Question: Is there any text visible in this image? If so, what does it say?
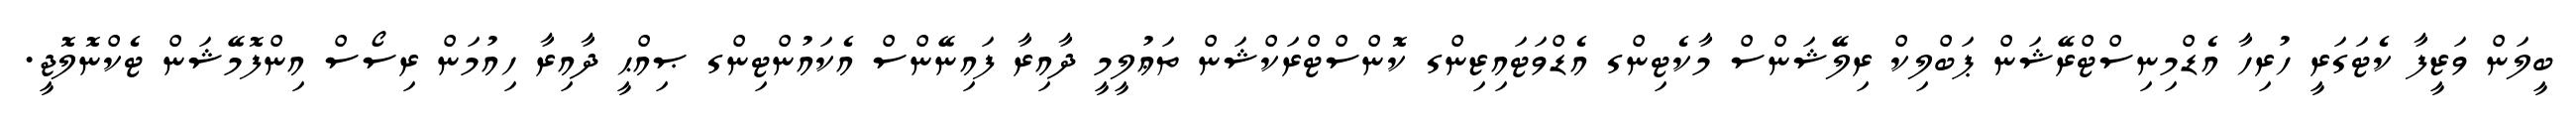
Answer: ބީލަން ވަޒީފާ ކެޓަގަރީ ހުރިހާ އެޑްމިނިސްޓްރޭޝަން ޕަބްލިކް ރިލޭޝަންސް މާކެޓިންގ އެޑްވަޓައިޒިންގ ކޮންސްޓްރަކްޝަން ތަޢުލީމީ ދާއިރާ ފައިނޭންސް އެކައުންޓިންގ ޞިއްޙީ ދާއިރާ ހިއުމަން ރިސޯސް އިންފޮމޭޝަން ޓެކްނޮލޮޖީ.